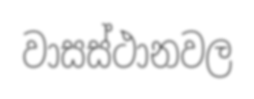
වාසස්ථානවල